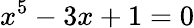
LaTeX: x^{5}-3x+1=0